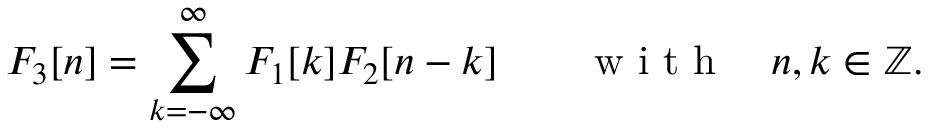
F _ { 3 } [ n ] = \sum _ { k = - \infty } ^ { \infty } F _ { 1 } [ k ] F _ { 2 } [ n - k ] \qquad \mathrm { ~ w ~ i ~ t ~ h ~ } \quad n , k \in \mathbb { Z } .